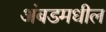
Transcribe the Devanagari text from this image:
अंबडमधील